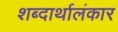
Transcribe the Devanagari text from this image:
शब्दार्थालंकार